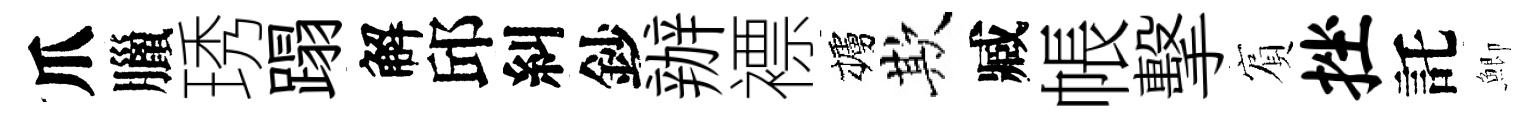
爪臘琇蹋解邱糾鈔辦褾櫨欺臧帳擊賔挫託鯽